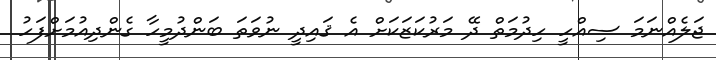
ޖަލެއްނަމަ ސިއްހީ ހިދުމަތް ދޭ މަރުކަޒަކަށް އެ ޤައިދީ ނުވަތަ ބަންދުމީހާ ގެންދިއުމަށްފަހު